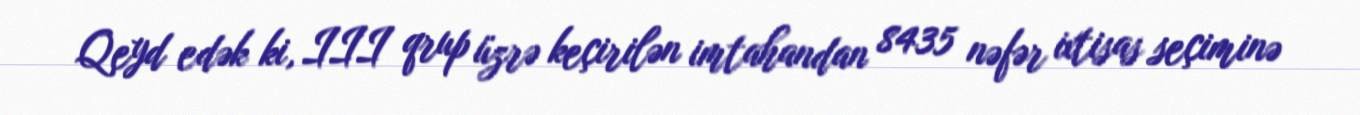
Qeyd edək ki, III qrup üzrə keçirilən imtahandan 8435 nəfər ixtisas seçiminə